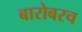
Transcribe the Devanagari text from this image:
बारोबरच